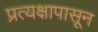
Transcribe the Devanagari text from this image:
प्रत्यक्षापासून